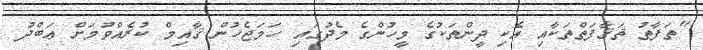
"ތަފާތު ޘަޤާފަތްތަކާއި އެކި ދީންތަކުގެ މީހުންގެ މެދުގައި ހަމަޖެހުން ޤާއިމް ކުރެއްވުމަށް ޢަބްދު